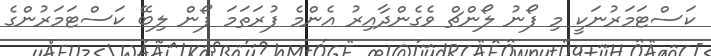
ކަސްޓަމަރުނަކީ މި ފޯނު ލޯންޗް ވެގެންދާއިރު އެންމެ ފުރަތަމަ ފޯން ލިބޭ ކަސްޓަމަރުންގެ